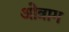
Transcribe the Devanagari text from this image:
ओत्राग